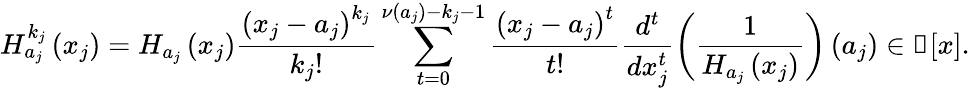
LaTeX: H_{a_{j}}^{k_{j}}\left(x_{j}\right)=H_{a_{j}}\left(x_{j}\right)\frac{\left(x_{j}-a_{j}\right)^{k_{j}}}{k_{j}!}\sum_{t=0}^{\nu\left(a_{j}\right)-k_{j}-1}\frac{\left(x_{j}-a_{j}\right)^{t}}{t!}\frac{d^{t}}{dx_{j}^{t}}\left(\frac{1}{H_{a_{j}}\left(x_{j}\right)}\right)\left(a_{j}\right)\in\Bbbk[x].